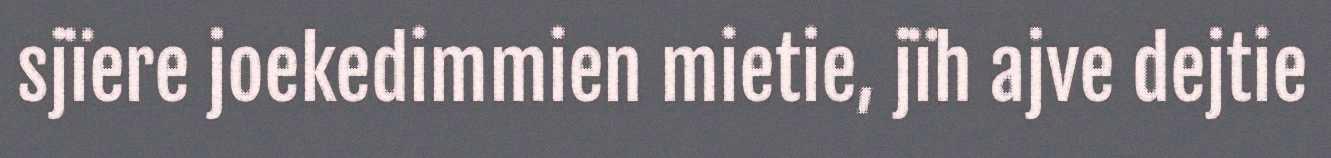
sjïere joekedimmien mietie, jïh ajve dejtie